Insane asylums in Bengal annual reports 1876-1887 - 1876-1887
Year: 1876
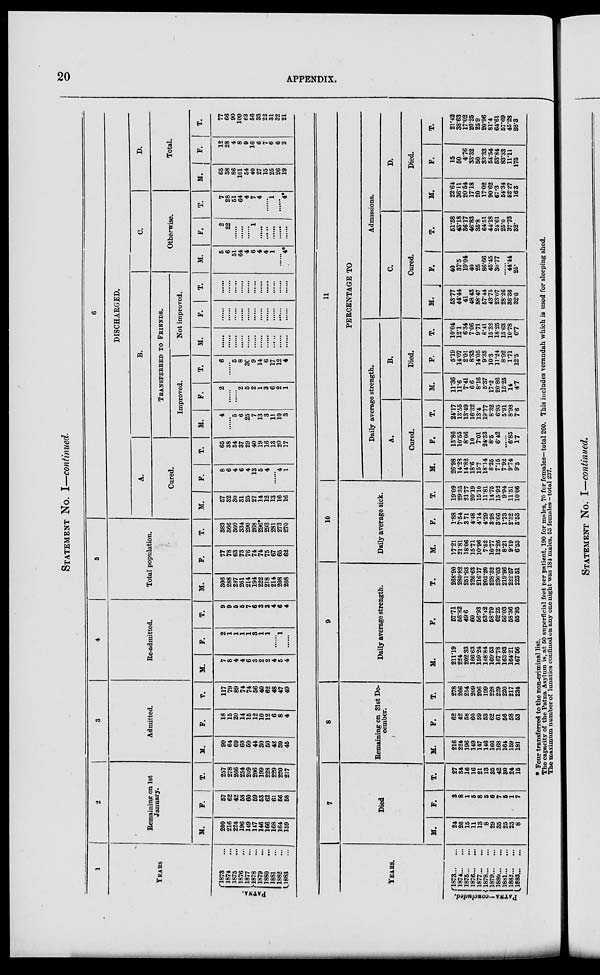
20
APPENDIX.
STATEMENT No. I—continued.
1
YEARS
PATNA.
1873 ...
1874 ...
1875 ...
1876 ...
1877 ...
1878 ...
1879 ...
1880 ...
1881 ...
1882 ...
1883 ...
2
Remaining on 1st
January.
M.
200
216
224
196
149
147
146
166
168
164
159
F.
57
62
42
58
60
59
53
62
61
56
58
T.
257
278
266
254
209
206
199
228
229
220
217
3
Admitted.
M.
99
64
69
60
59
44
30
50
42
39
45
F.
18
15
20
14
15
12
10
12
6
8
4
T.
117
79
89
74
74
56
40
62
48
47
49
4
Re-admitted.
M.
7
8
4
4
6
3
2
2
4
5
4
F.
2
1
1
1
1
3
1
1
......
1
......
T.
9
9
5
6
7
6
3
3
4
6
4
5
Total population.
M.
306
288
297
261
214
194
222
218
214
208
208
F.
77
78
63
73
76
74
74
75
67
65
62
T.
383
366
360
334
290
268
296*
293
281
273
270
6
DISCHARGED.
A.
Cured.
M.
57
32
30
31
25
27
14
12
13
16
16
F.
8
6
4
6
4
13
5
4
......
4
1
T.
65
38
34
37
29
40
19
16
13
20
17
B.
Transferred to Friends.
Improved.
M.
4
......
5
6
25
7
13
3
11
10
3
F.
2
......
......
2
5
2
1
3
6
2
1
T.
6
......
5
8
30
9
14
6
17
12
4
Not improved.
M.
......
......
......
......
......
......
......
......
......
......
......
F.
......
......
......
......
......
......
......
......
......
......
......
T.
......
......
......
......
......
......
......
......
......
......
......
C.
Otherwise.
M.
5
6
51
64
4
6
4
4
1
......
4*
F.
2
22
......
......
......
1
......
......
......
......
......
T.
7
28
51
64
4
7
4
......
1
......
4*
D.
Total.
M.
65
38
86
101
54
40
27
15
25
26
19
F.
12
28
4
8
9
16
6
7
6
6
2
T.
77
66
90
109
63
56
33
23
31
32
21
YEARS.
PATNA—concluded.
1873...
...
1874...
...
1875...
...
1876...
...
1877...
...
1878...
...
1879...
...
1880...
...
1881...
...
1882...
...
1883...
...
7
Died
M.
24
26
15
11
13
8
29
35
25
23
8
F.
3
8
1
5
8
5
6
7
5
1
7
T.
27
34
16
16
21
13
35
42
30
24
15
8
Remaining on 31st De-
cember.
M.
216
224
196
149
147
146
166
168
164
159
181
F.
62
42
58
60
59
53
62
61
56
58
33
T.
278
266
254
209
206
199
228
229
220
217
234
9
Daily average strength.
M.
211.19
224
202 33
166.63
159.24
148.84
169.53
167.78
163.93
164.21
167.56
F.
57.71
56.82
49.6
60
56.93
53.42
58.79
62.25
56.03
58.36
55.95
T.
268.90
280.82
251.93
226.63
216.17
202.20
228.32
230.03
219.96
222.57
223.51
10
Daily average sick.
M.
17.21
21.81
18.06
15.71
10.96
7.52
10.77
12.26
8.21
9.19
6.53
F.
1.88
7.54
3.71
4.48
4.14
4.29
3.98
3.66
1.73
2.32
3.53
T.
19.09
29.35
21.77
20.19
15.10
11.81
14.75
15.92
9.94
11.51
10.06
11
PERCENTAGE TO
Daily average strength.
A.
Cured.
M.
26.98
14.23
14.82
18.6
15.7
18.14
8.25
7.15
7.92
9.74
9.5
F.
13.86
10.55
8.06
10
7.01
24.33
8.5
6.42
......
6.85
1.7
T.
24.17
13.55
13.49
16.32
13.4
19.77
8.32
6.95
5.91
8.98
7.6
B.
Died.
M.
11.36
11.6
7.41
6.6
8.16
5.37
17.2
20.86
15.25
14
4.7
F.
5.19
14.07
2.01
8.33
14.05
9.35
10.3
11.24
8.92
1.71
12.5
T.
10.04
12.1
6.34
7.06
971
6.41
15.32
18.25
13.63
10.78
6.7
Admissions.
C.
Cured.
M.
53.77
44.44
41
48 43
38.47
57.44
43.75
23.07
28.26
36.36
32.6
F.
40
37.5
19.04
40
25
86.66
45.45
30.77
......
44.44
25.
T.
51.58
43.18
36.17
46.83
35.8
64.51
44.18
24.61
25.0
37.73
32.
D.
Died.
M.
22.64
36.11
20.54
17.18
20
17.02
90.62
67.3
54.34
52.27
16.3
F.
15
50
4.76
33.32
50
33.33
54.54
53.84
83.33
11.11
175
T.
21.42
38.63
17.02
20.25
25.9
20.96
81.4
64.61
57.69
45.28
28.3
* Four transferred to the non-criminal list.
The capacity of the Patna Asylum is, at 50 superficial feet per patient, 190 for males, 70 for females—total 260. This includes verandah which is used for sleeping shed.
The maximum number of lunatics confined on any one night was 184 males. 53 females—total 237.